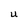
Character: U